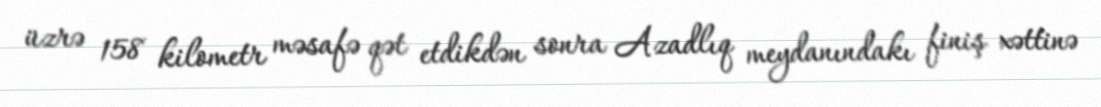
üzrə 158 kilometr məsafə qət etdikdən sonra Azadlıq meydanındakı finiş xəttinə